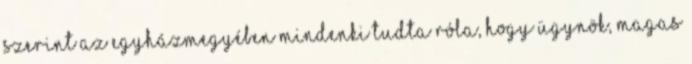
szerint az egyházmegyében mindenki tudta róla, hogy ügynök, magas